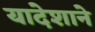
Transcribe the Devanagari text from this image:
यादेशाने